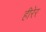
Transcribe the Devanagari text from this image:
हीरेर